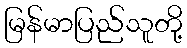
မြန်မာပြည်သူတို့